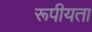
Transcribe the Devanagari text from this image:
रूपीयता